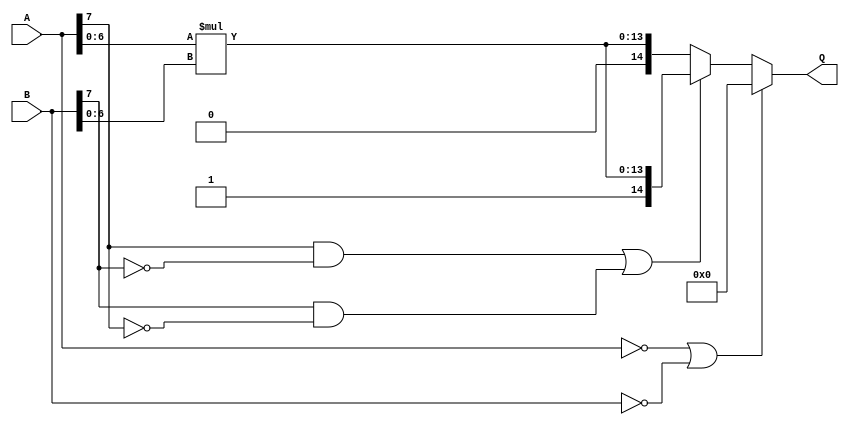
module SignMultiplier(A, B, Q);
  input [7:0] A, B;
  output [14:0] Q;
  wire [13:0] temp_result;

  assign temp_result = A[6:0] * B[6:0];
  assign Q = (A == 8'd0 || B == 8'd0) ? 15'd0 :
             ((A[7] == 1'b1 && B[7] == 1'b0) || (B[7] == 1'b1 && A[7] == 1'b0)) ? {1'b1, temp_result} : {1'b0, temp_result};
endmodule